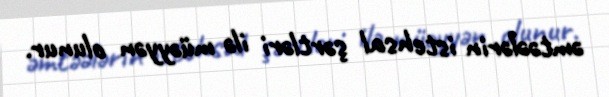
əmtəələrin istehsal şərtləri ilə müəyyən olunur.